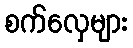
စက်လှေများ